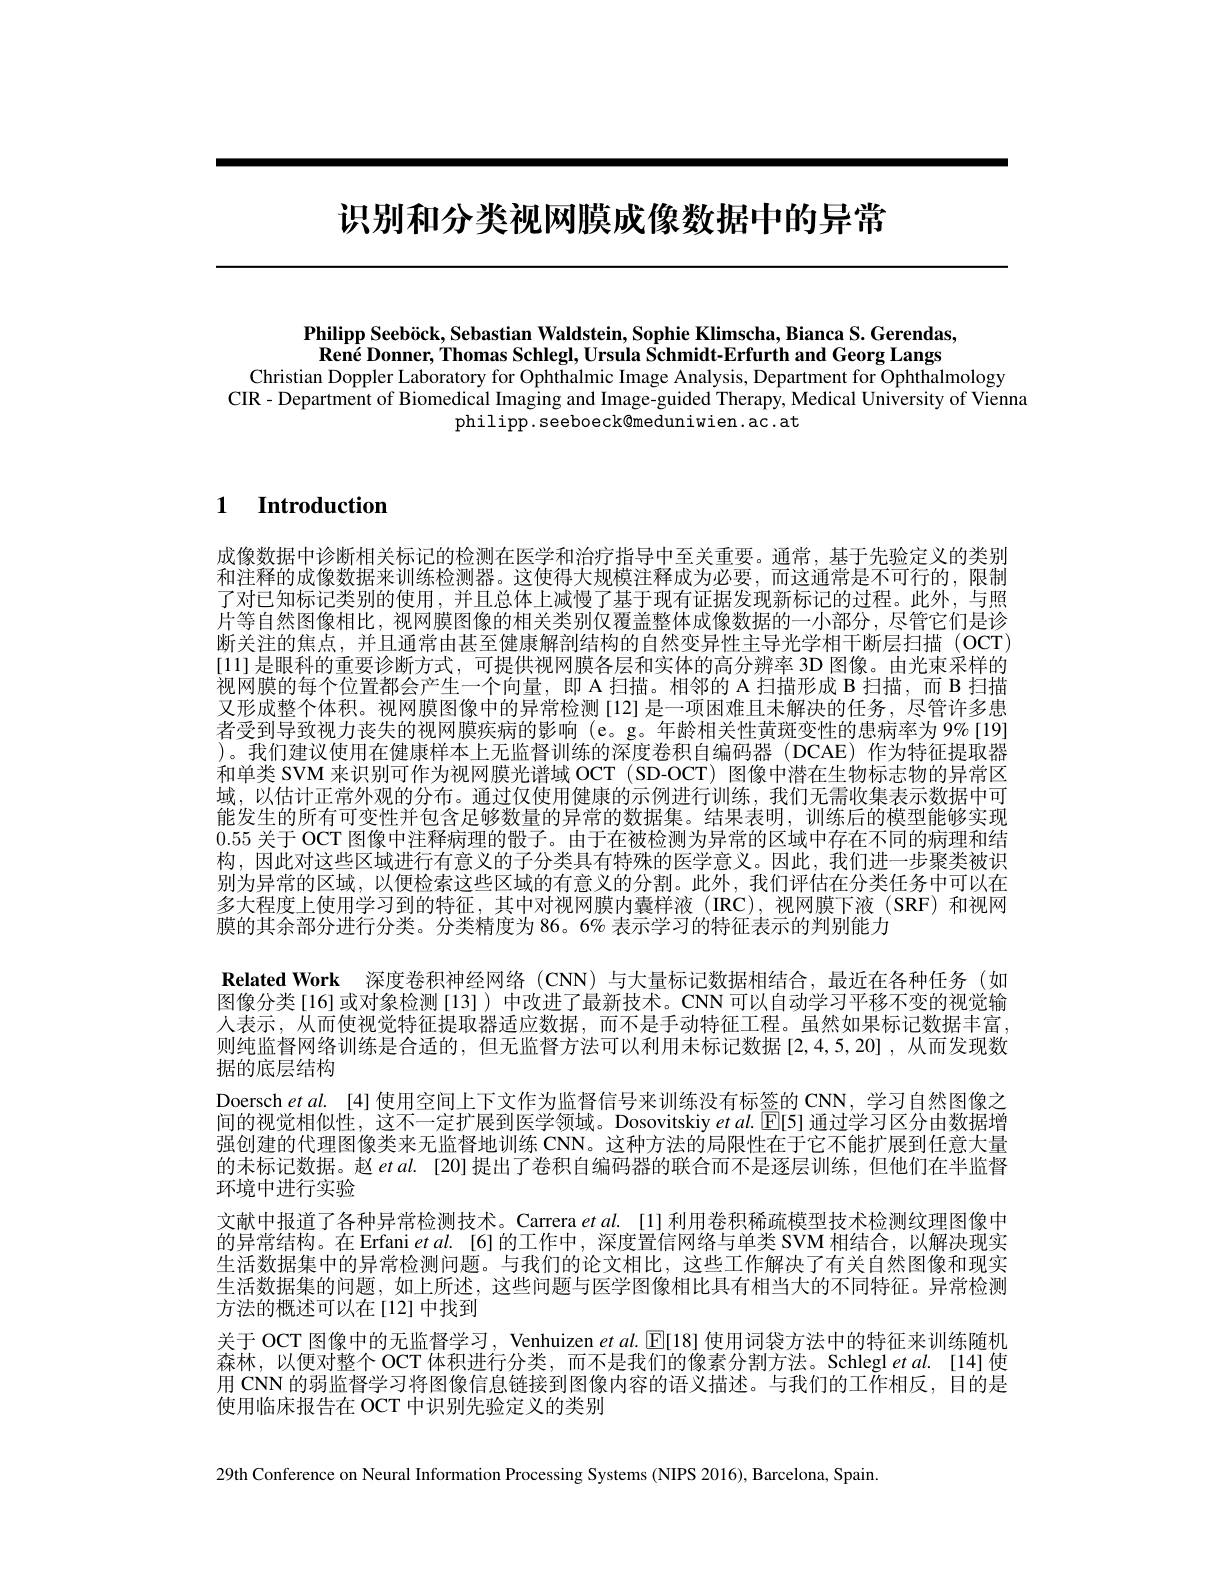
# 识别和分类视网膜成像数据中的异常

Philipp Seeböck, Sebastian Waldstein, Sophie Klimscha, Bianca S. Gerendas, $\textbf{Ren\' {e}Donner, ThomasSchlegl, Ursula Schmidt- Erfurth andGeorg Langs}$
Christian Doppler Laboratory for Ophthalmic Image Analysis, Department for Ophthalmology
CIR - Department of Biomedical Imaging and Image-guided Therapy, Medical University of Vienna
philipp. seeboeck@meduniwien. ac.at

# 1 Introduction

成像数据中诊断相关标记的检测在医学和治疗指导中至关重要。通常，基于先验定义的类别和注释的成像数据来训练检测器。这使得大规模注释成为必要，而这通常是不可行的，限制了对已知标记类别的使用，并且总体上减慢了基于现有证据发现新标记的过程。此外，与照片等自然图像相比，视网膜图像的相关类别仅覆盖整体成像数据的一小部分，尽管它们是诊断关注的焦点，并且通常由甚至健康解剖结构的自然变异性主导光学相干断层扫描(OCT) [11]是眼科的重要诊断方式，可提供视网膜各层和实体的高分辨率 3D 图像。由光束采样的视网膜的每个位置都会产生一个向量，即 A 扫描。相邻的 A 扫描形成 B 扫描，而 B 扫描又形成整个体积。视网膜图像中的异常检测[12]是一项困难且未解决的任务，尽管许多患者受到导致视力丧失的视网膜疾病的影响(e。g。年龄相关性黄斑变性的患病率为9%[19] )。我们建议使用在健康样本上无监督训练的深度卷积自编码器(DCAE)作为特征提取器和单类 SVM 来识别可作为视网膜光谱域 OCT (SD-OCT) 图像中潜在生物标志物的异常区域，以估计正常外观的分布。通过仅使用健康的示例进行训练，我们无需收集表示数据中可能发生的所有可变性并包含足够数量的异常的数据集。结果表明，训练后的模型能够实现0.55关于 OCT 图像中注释病理的骰子。由于在被检测为异常的区域中存在不同的病理和结构，因此对这些区域进行有意义的子分类具有特殊的医学意义。因此，我们进一步聚类被识别为异常的区域，以便检索这些区域的有意义的分割。此外，我们评估在分类任务中可以在多大程度上使用学习到的特征，其中对视网膜内囊样液(IRC),视网膜下液(SRF)和视网膜的其余部分进行分类。分类精度为 86。6% 表示学习的特征表示的判别能力
Related Work 深度卷积神经网络 (CNN)与大量标记数据相结合，最近在各种任务 (如图像分类[16]或对象检测[13])中改进了最新技术。CNN可以自动学习平移不变的视觉输人表示，从而使视觉特征提取器适应数据，而不是手动特征工程。虽然如果标记数据丰富， 则纯监督网络训练是合适的，但无监督方法可以利用未标记数据[2,4,5,20],从而发现数据的底层结构
Doersch $etal.$ [4] 使用空间上下文作为监督信号来训练没有标签的 CNN, 学习自然图像之间的视觉相似性，这不一定扩展到医学领域。Dosovitskiy et al. [E[5] 通过学习区分由数据增强创建的代理图像类来无监督地训练 CNN。这种方法的局限性在于它不能扩展到任意大量的未标记数据。赵$etal.$ [20] 提出了卷积自编码器的联合而不是逐层训练，但他们在半监督环境中进行实验
文献中报道了各种异常检测技术。Carrera $etal.$ [1]利用卷积稀疏模型技术检测纹理图像中的异常结构。在 Erfani et al. [6] 的工作中，深度置信网络与单类 SVM 相结合，以解决现实生活数据集中的异常检测问题。与我们的论文相比，这些工作解决了有关自然图像和现实生活数据集的问题，如上所述，这些问题与医学图像相比具有相当大的不同特征。异常检测方法的概述可以在[12]中找到
关于 OCT 图像中的无监督学习，Venhuizen et al. $\operatorname{E}[18]$使用词袋方法中的特征来训练随机森林，以便对整个 OCT 体积进行分类，而不是我们的像素分割方法。Schlegl et al.[14]使用 CNN 的弱监督学习将图像信息链接到图像内容的语义描述。与我们的工作相反，目的是使用临床报告在 OCT 中识别先验定义的类别

29th Conference on Neural Information Processing Systems (NIPS 2016), Barcelona, Spain